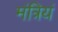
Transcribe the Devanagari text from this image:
मंत्रियं